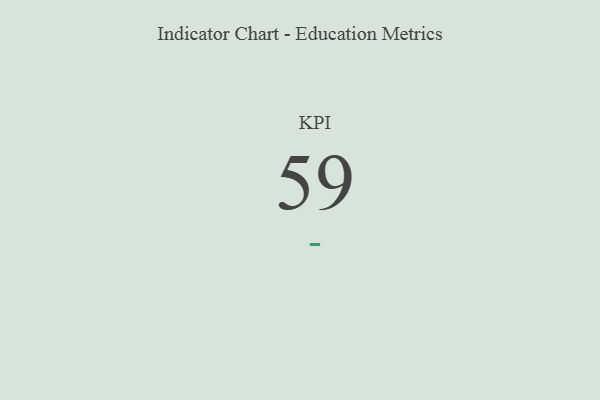
{"axis": {"x": "KPI", "y": "Value"}, "legend": [""], "data": [{"x": "KPI", "y": 59, "type": ""}]}